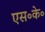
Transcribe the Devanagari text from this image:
एस॰के॰